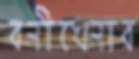
বলীখেলার